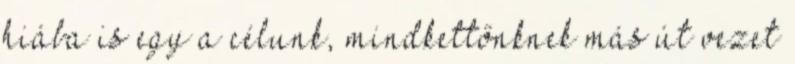
hiába is egy a célunk, mindkettőnknek más út vezet